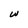
Character: u